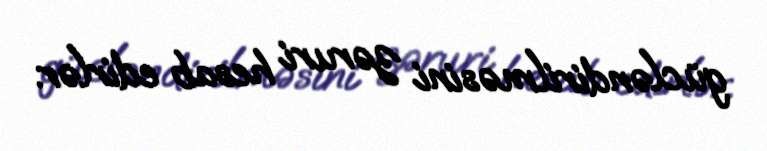
gücləndirilməsini zəruri hesab edirlər.